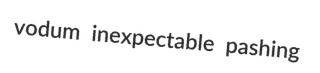
vodum inexpectable pashing